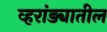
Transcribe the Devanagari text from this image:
व्हरांड्यातील